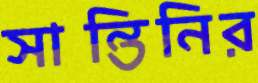
সান্তিনির